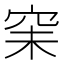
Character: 𥥘